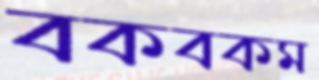
বকবকম